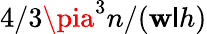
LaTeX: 4/3\pia^{3}n/(\mathbf{w}\mathsf{l}h)